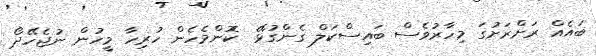
ބައެއް ރަށްރަށުގަ މިހާރުވެސް ބައިސްކަލް ގެންގުޅޭ  ކޮންމެހެން ހުރިހާ މީހުން ނުޖެހޭދޯ